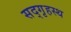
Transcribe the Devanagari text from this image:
सद्‌गृहस्थ